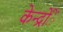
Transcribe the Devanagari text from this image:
केन्द्रोंें